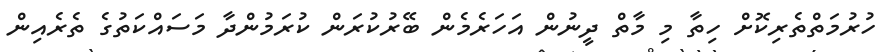
ހުރުމަތްތެރިކޮށް ހިތާ މި މާތް ދީނުން އަހަރެމެން ބޭރުކުރަން ކުރަމުންދާ މަސައްކަތުގެ ތެރެއިން